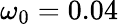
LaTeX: \omega_{0}=0.04